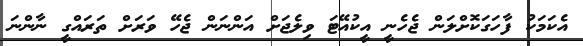
އެކަމަކު ފާހަގަކޮށްލަން ޖެހެނީ އީކުއޭޓަ ވިލެޖަށް އަންނަން ޖެހޭ ވަރަށް ތަރައްގީ ނާންނަ